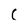
Character: C